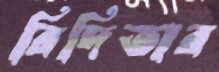
রিদিতার